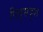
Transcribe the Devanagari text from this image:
पितृसदृश